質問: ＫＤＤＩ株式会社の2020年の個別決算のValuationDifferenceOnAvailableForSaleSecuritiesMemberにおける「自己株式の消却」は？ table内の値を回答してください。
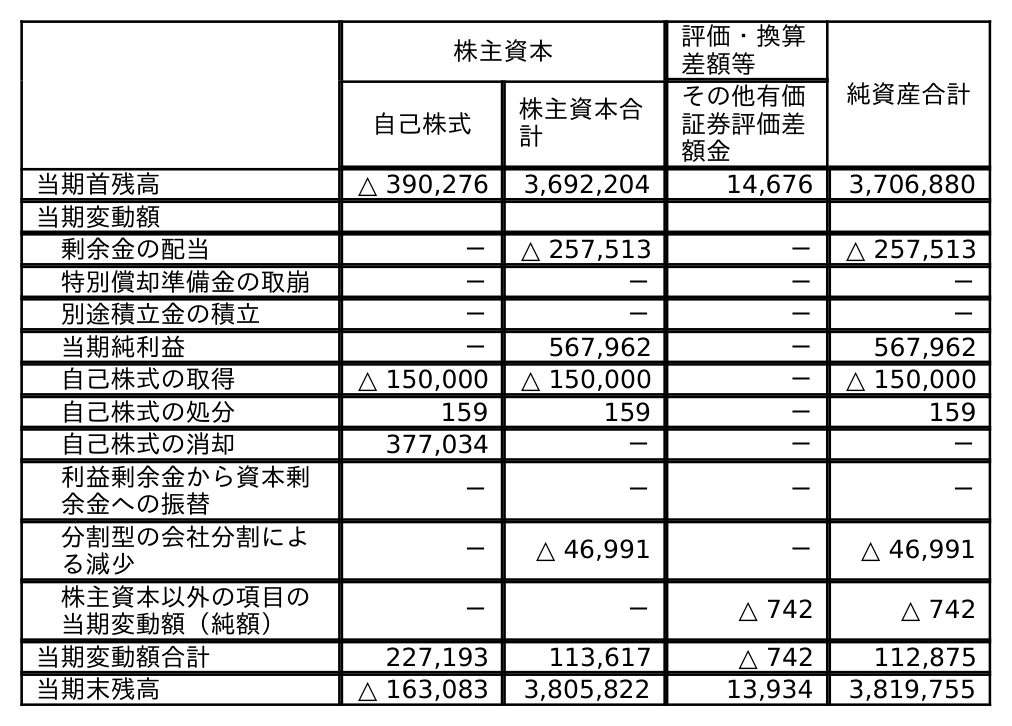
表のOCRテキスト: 株主資本 評価・換算 差額等 純資産合計 自己株式 株主資本合 計 その他有価 証券評価差 額金 当期首残高 △ 390,276 3,692,204 14,676 3,706,880 当期変動額 剰余金の配当 － △ 257,513 － △ 257,513 特別償却準備金の取崩 － － － － 別途積立金の積立 － － － － 当期純利益 － 567,962 － 567,962 自己株式の取得 △ 150,000 △ 150,000 － △ 150,000 自己株式の処分 159 159 － 159 自己株式の消却 377,034 － － － 利益剰余金から資本剰 余金への振替 － － － － 分割型の会社分割によ る減少 － △ 46,991 － △ 46,991 株主資本以外の項目の 当期変動額（純額） － － △ 742 △ 742 当期変動額合計 227,193 113,617 △ 742 112,875 当期末残高 △ 163,083 3,805,822 13,934 3,819,755
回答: －